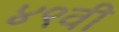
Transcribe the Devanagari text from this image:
४९वी